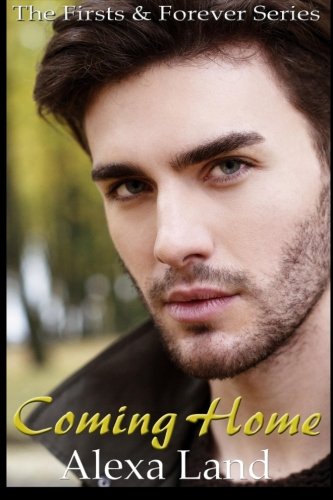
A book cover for Coming Home; Alexa Land; Romance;